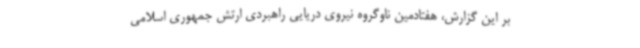
بر این گزارش، هفتادمین ناوگروه نیروی دریایی راهبردی ارتش جمهوری اسلامی